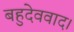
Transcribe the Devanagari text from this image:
बहुदेववाद।